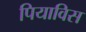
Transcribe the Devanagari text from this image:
पियाविस